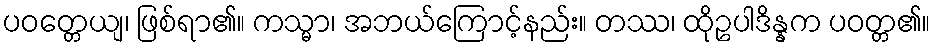
ပဝတ္တေယျ၊ ဖြစ်ရာ၏။ ကသ္မာ၊ အဘယ်ကြောင့်နည်း။ တဿ၊ ထိုဥပါဒိန္နက ပဝတ္တ၏။